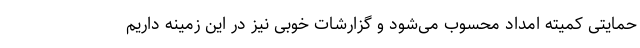
حمایتی کمیته امداد محسوب می‌شود و گزارشات خوبی نیز در این زمینه داریم